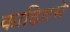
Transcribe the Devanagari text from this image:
काढितसे